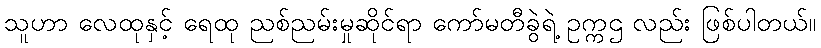
သူဟာ လေထုနှင့် ရေထု ညစ်ညမ်းမှုဆိုင်ရာ ကော်မတီခွဲရဲ့ ဥက္ကဌ လည်း ဖြစ်ပါတယ်။